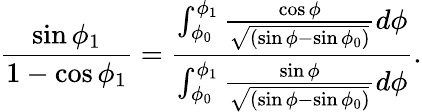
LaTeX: \frac{\sin\phi_{1}}{1-\cos\phi_{1}}=\frac{\int_{\phi_{0}}^{\phi_{1}}\frac{\cos\phi}{\sqrt{(\sin\phi-\sin\phi_{0})}}d\phi}{\int_{\phi_{0}}^{\phi_{1}}\frac{\sin\phi}{\sqrt{(\sin\phi-\sin\phi_{0})}}d\phi}.